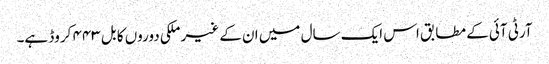
آرٹی آئی کے مطابق اس ایک سال میں ان کے غیر ملکی دوروں کا بل ۴۴۳ کروڈ ہے۔